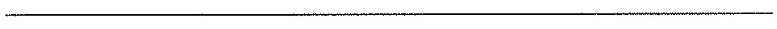
___